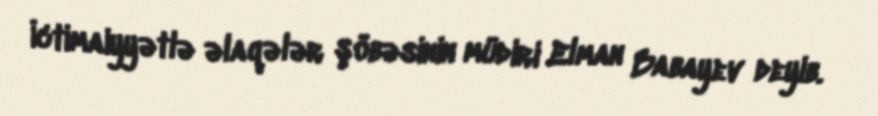
İctimaiyyətlə əlaqələr şöbəsinin müdiri Elman Babayev deyib.